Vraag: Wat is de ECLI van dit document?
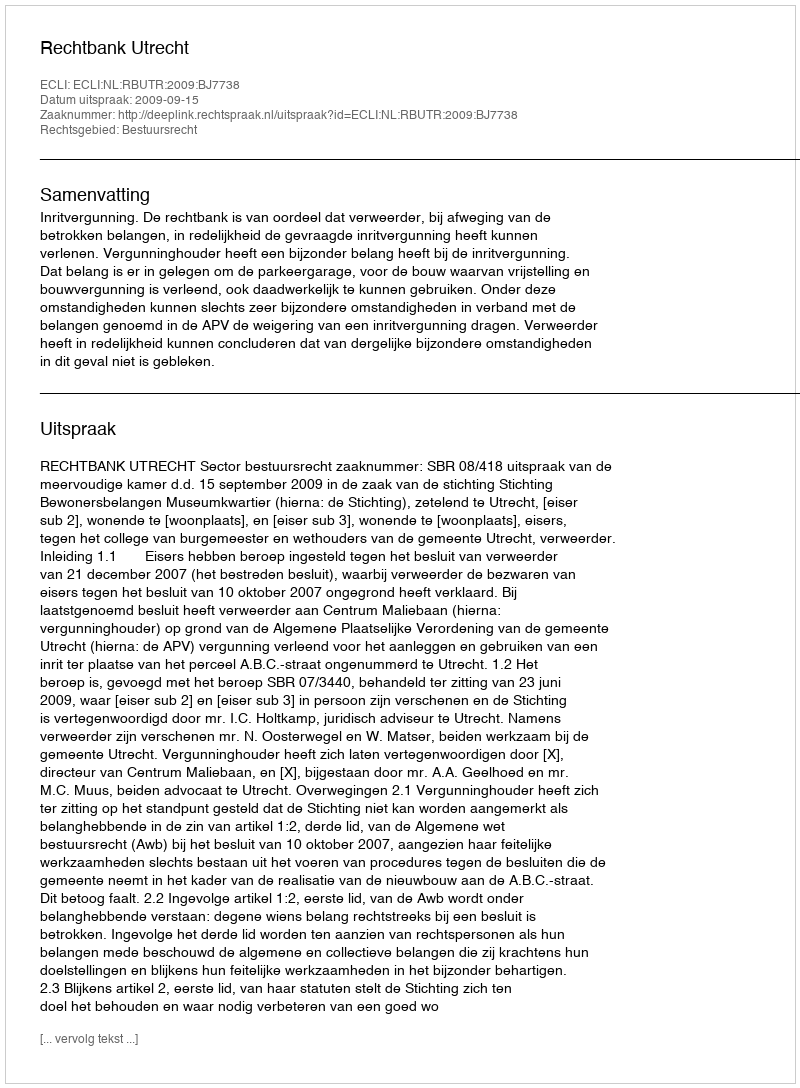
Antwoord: ECLI:NL:RBUTR:2009:BJ7738